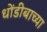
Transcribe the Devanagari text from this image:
धोंडीबाच्या